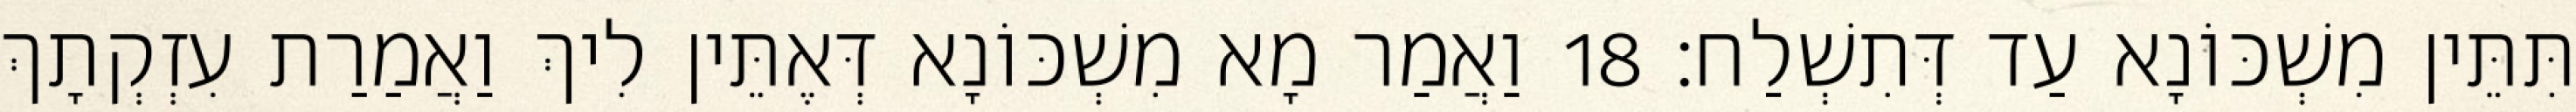
תִּתֵּין מִשְׁכּוֹנָא עַד דְּתִשְׁלַח׃ 18 וַאֲמַר מָא מִשְׁכּוֹנָא דְּאֶתֵּין לִיךְ וַאֲמַרַת עִזְקְתָךְ